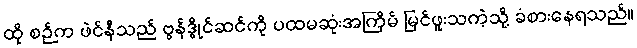
ထို စဉ်က ဖဲင်နီသည် ဗွန်ဒွိုင်ဆင်ကို ပထမဆုံးအကြိမ် မြင်ဖူးသကဲ့သို့ ခံစားနေရသည်။